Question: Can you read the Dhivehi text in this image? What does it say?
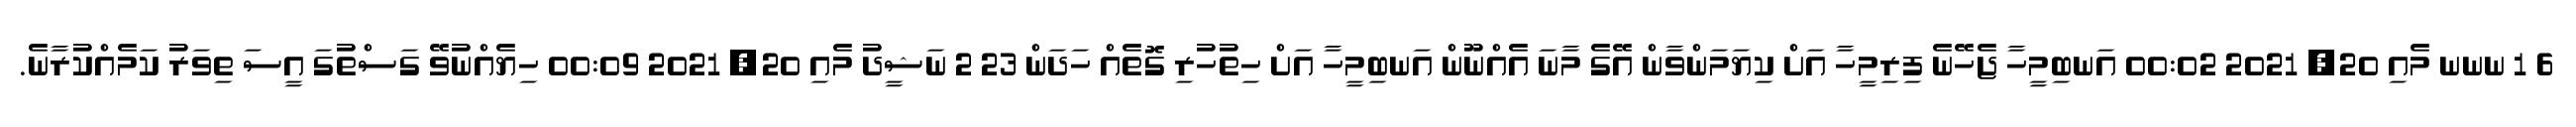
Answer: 6 1 ނނނ މެއި 20, 2021 00:02 އަނބިމީހާ ޖެހޭނެ ފިރިމީހާ އަށް ކިޔަމަންވާން އޭގެ މާނަ އެއްނޫން އަނބިމީހާ އަށް ހިތުހުރި ގޮތެއް ހަދަން 23 2 ނަޝީދު މެއި 20, 2021 00:09 ހިޔެއްނުވޭ ގަސްތުގަ އީސަ ތިވަރު ކަމެއްކުރާނެ.